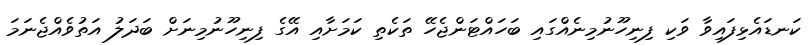
ކަނޑައެޅިފައިވާ ވަކި ފިނިހޫނުމިނެއްގައި ބަހައްޓަންޖެހޭ ތަކެތި ކަމަށާއި އޭގެ ފިނިހޫނުމިނަށް ބަދަލު އަތުވެއްޖެނަމަ